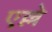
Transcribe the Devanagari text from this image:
एल्ले